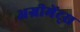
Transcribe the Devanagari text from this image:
अग्रीमेंट्स